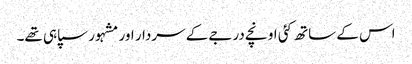
اس کے ساتھ کئی اونچے درجے کے سردار اور مشہور سپاہی تھے۔